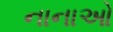
નાનાઓ